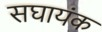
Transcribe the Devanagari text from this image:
सघायंक